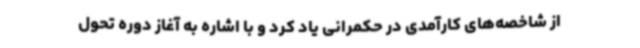
از شاخصه‌های کارآمدی در حکمرانی یاد کرد و با اشاره به آغاز دوره تحول